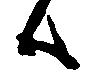
ハ